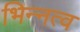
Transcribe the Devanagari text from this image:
भिन्‍नत्व